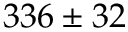
3 3 6 \pm 3 2